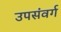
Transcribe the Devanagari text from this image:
उपसंवर्ग